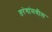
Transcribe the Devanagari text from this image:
तरंगांमधील